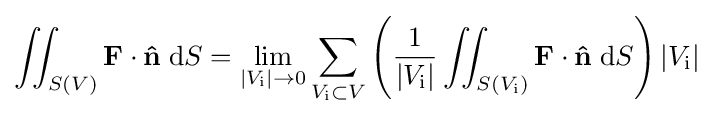
\iint _{S(V)}\mathbf {F} \cdot \mathbf {\hat {n}} \;\mathrm {d} S=\lim _{|V_{\text{i}}|\to 0}\sum _{V_{\text{i}}\subset V}\left({\frac {1}{|V_{\text{i}}|}}\iint _{S(V_{\text{i}})}\mathbf {F} \cdot \mathbf {\hat {n}} \;\mathrm {d} S\right)|V_{\text{i}}|